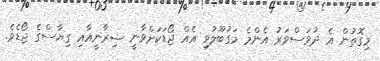
މިގޮތުން އެ ދުވަސްވަރު އެންމެ މަގުބޫލުވި އެއް ޖޯޑަކަށްވާނީ ޝިރާނީއާއި ގިޔާސްގެ ޖޯޑެވެ.